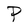
Character: P